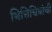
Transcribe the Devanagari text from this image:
भित्तिचित्रांची